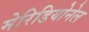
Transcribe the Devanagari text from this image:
मेरिडियोनेल